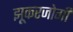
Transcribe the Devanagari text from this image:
झूकरजोगी